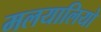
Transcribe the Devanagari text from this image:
मलयालियो